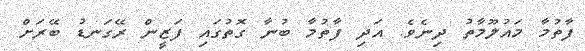
ފާތުމާ މައުލޫމާތު ދިނެވެ. އަދި ފާތުމާ ބުނާ ގޮތުގައި ފަޒީން ރޭގަނޑު ބޭރަށް